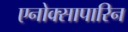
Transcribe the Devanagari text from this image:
एनोक्सापारिन